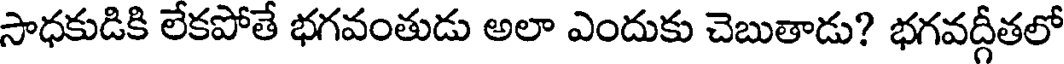
సాధకుడికి లేకపోతే భగవంతుడు అలా ఎందుకు చెబుతాడు? భగవద్గీతలో